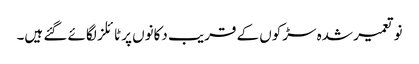
نو تعمیر شدہ سڑکوں کے قریب دکانوں پر ٹائلز لگائے گئے ہیں۔